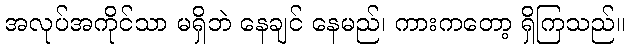
အလုပ်အကိုင်သာ မရှိဘဲ နေချင် နေမည်၊ ကားကတော့ ရှိကြသည်။